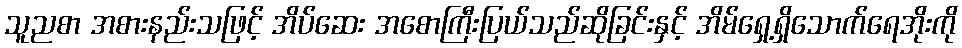
သူညစာ အစားနည်းသဖြင့် အိပ်ဆေး အစောကြီးပြယ်သည်ဆိုခြင်းနှင့် အိမ်ရှေ့ရှိသောက်ရေအိုးကို